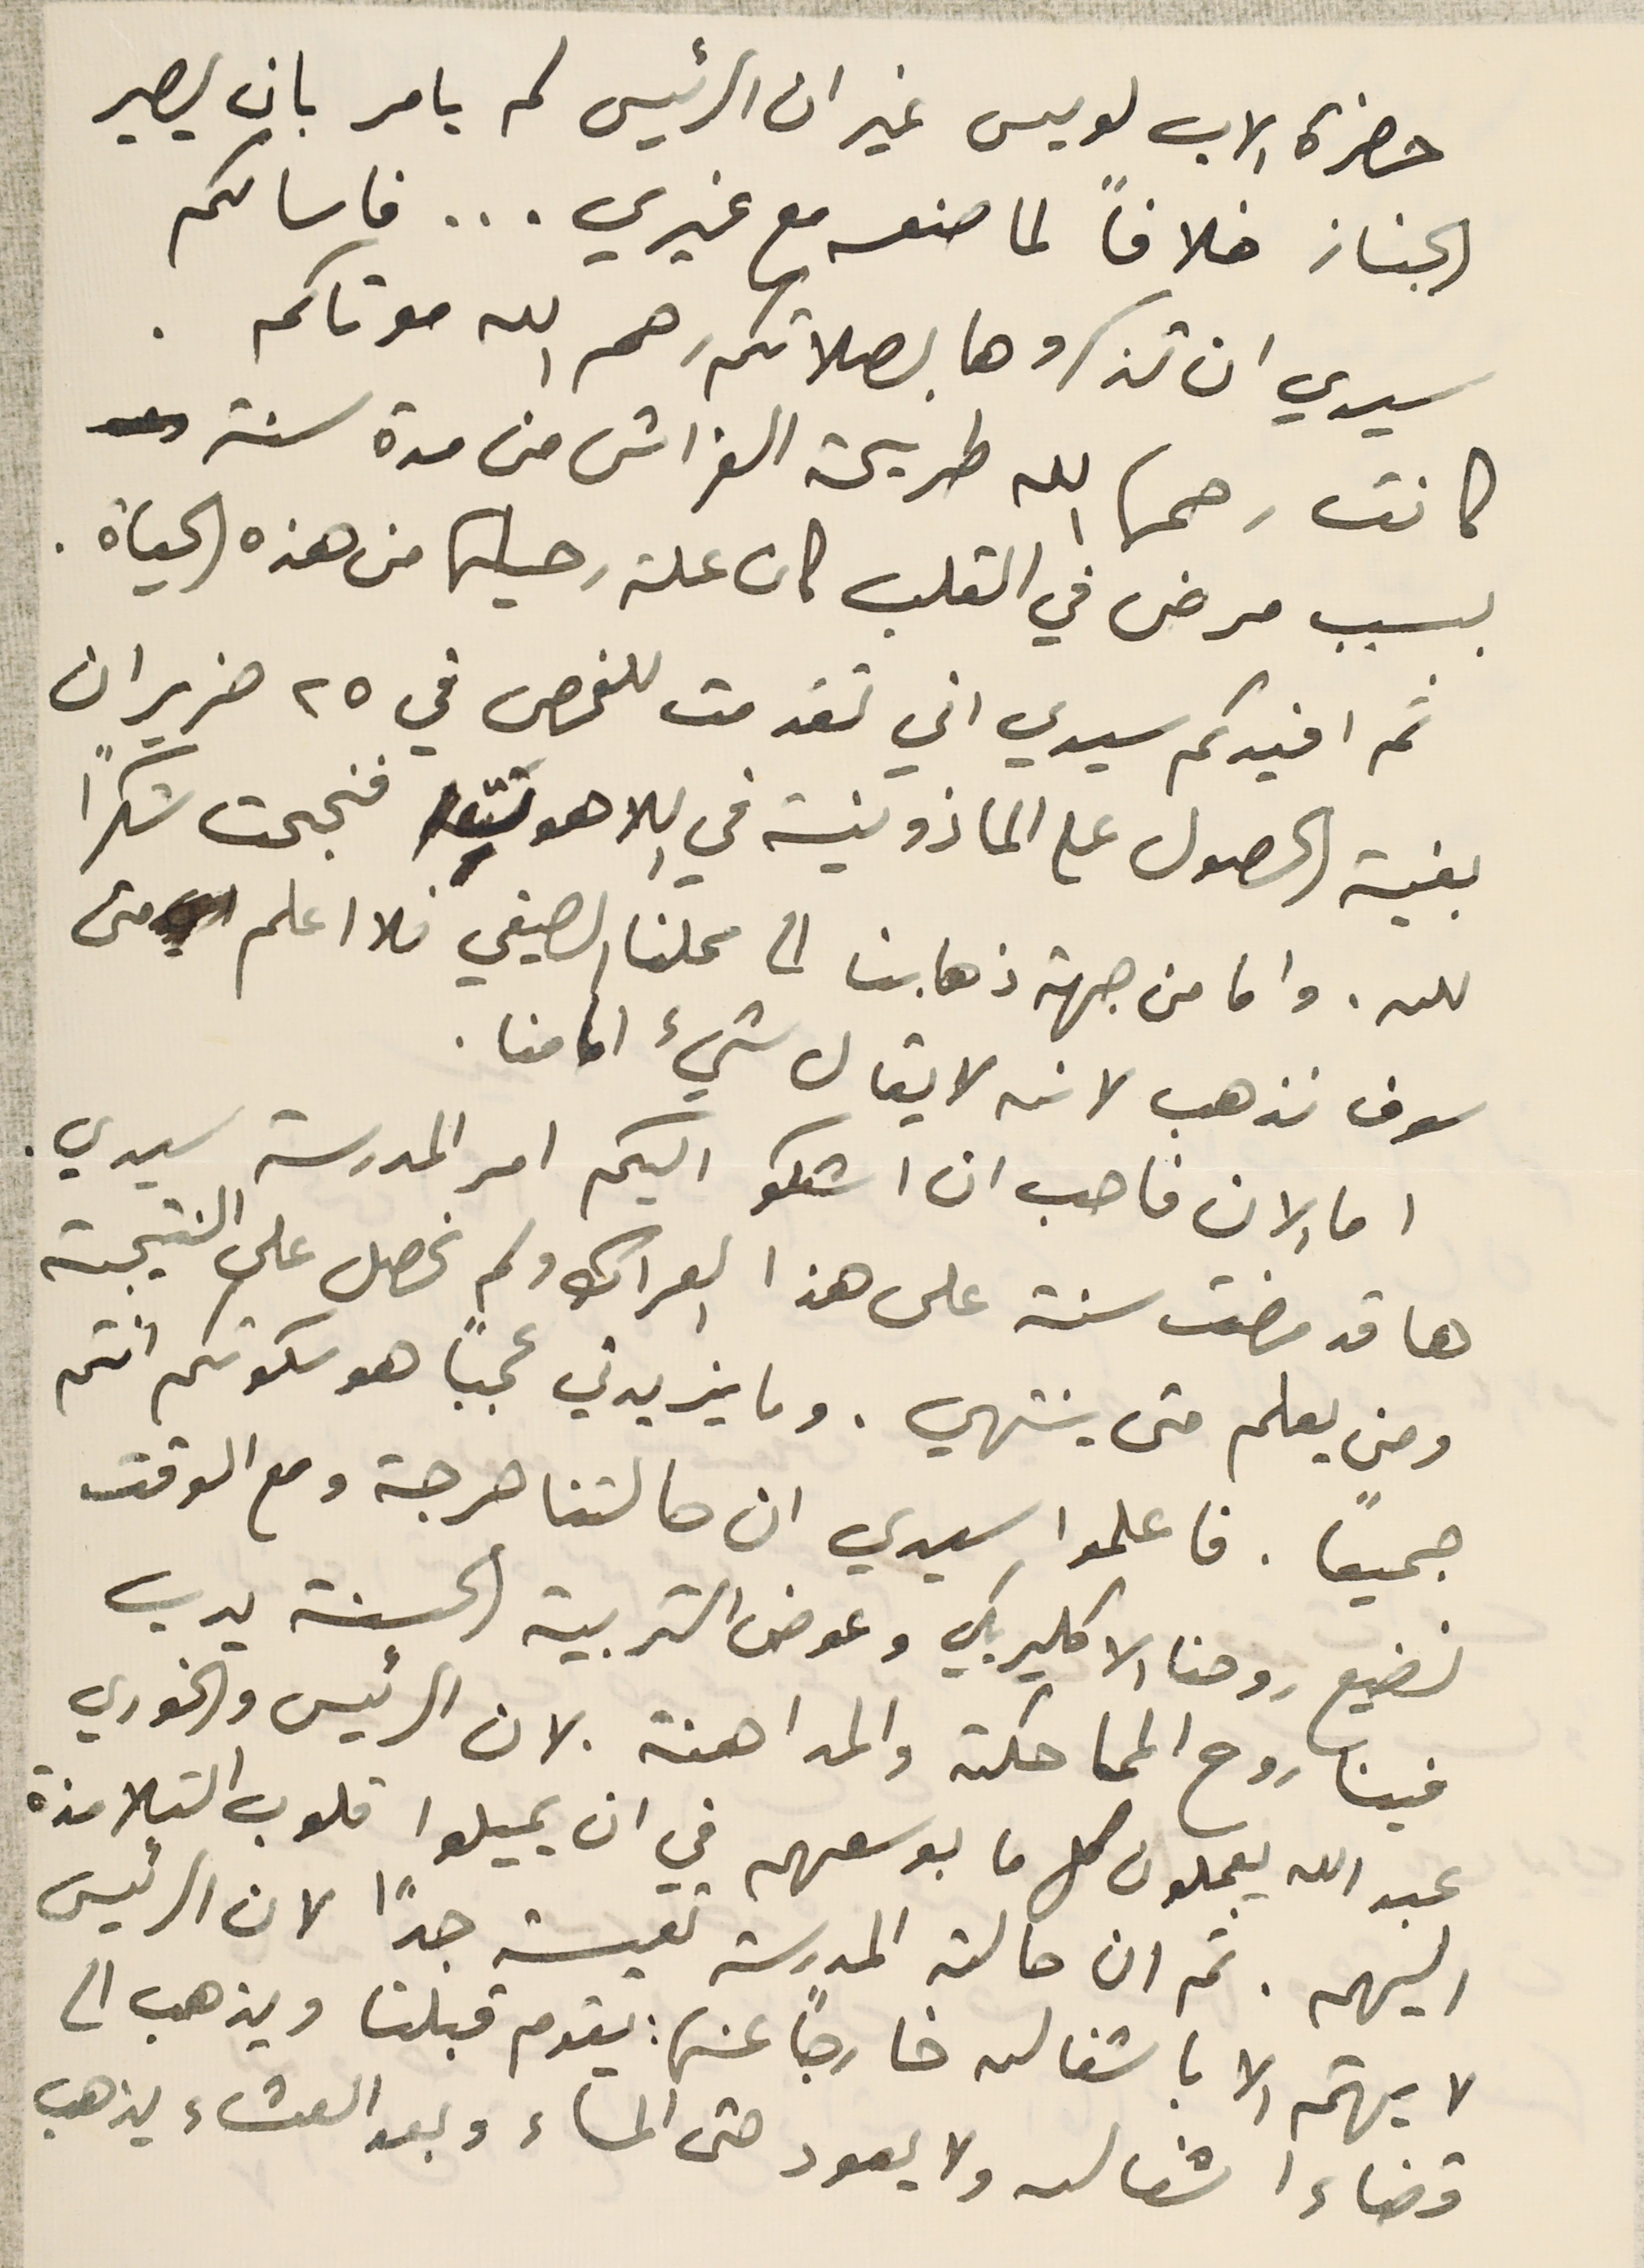
حضرة الاب لويس غير ان الرئيس لم يامر بان يصير
الجناز خلافاً لما صنعه مع غيري... فاسالكم
سيدي ان تذكروها بصلاتكم رحم الله موتاكم.
كانت رحمها الله طريحة الفراش من مدة سنة
بسبب مرض في القلب كان علة رحيلها من هذه الحياة.
ثم افيدكم سيدي اني تقدمت للفحص في ٢٥ حزيران
بغية الحصول على الماذونية في اللاهوت فنجحت شكراً
 لله. واما من جهة ذهابنا الى محلنا الصيفي فلا اعلم متى
سوف نذهب لانه لا يقال شيء امامنا.
اما الان فاحب ان اشكو اليكم امر المدرسة سيدي .
ها قد مضت سنة على هذا العراك ولم نحصل على النتيجة
ومن يعلم متى ينتهي. وما يزيدني عجبًا هو سكوتكم انتم
جميعاً. فاعلموا سيدي ان حالتنا حرجة ومع الوقت
نضيع روحنا الاكليريكي وعوض التربية الحسنة يدب
فينا روح المماحكته والمداهنة لان الرئيس والخوري
عبد الله يعملون كل ما بوسعهم في ان يميلوا قلوب التلامذة
اليهم. ثم ان حالة المدرسة تعيسة جدًا لان الرئيس
لا يهتم الا باشغاله خارجاً عنها: يقوم قبلنا ويذهب الى
قضاء اشغاله ولا يعود حتى المساء وبعد العشاء يذهب